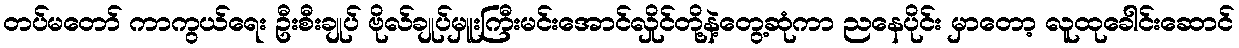
တပ်မတော် ကာကွယ်ရေး ဦးစီးချုပ် ဗိုလ်ချုပ်မှူးကြီးမင်းအောင်လှိုင်တို့နဲ့တွေ့ဆုံကာ ညနေပိုင်း မှာတော့ လူထုခေါင်းဆောင်